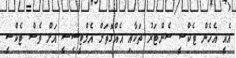
އެއީ އެހެން ޓެކްސީ ސެންޓަރު ތަކާއި އެއްގޮތަށް އެމްޓީސީސީ އަށް ވެސް ޓެކްސީ